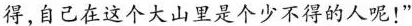
得，自己在这个大山里是个少不得的人呢!”